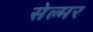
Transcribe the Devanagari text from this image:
सेल्मर